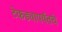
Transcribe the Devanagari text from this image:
टेकड्यापर्यंतचे